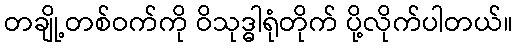
တချို့တစ်ဝက်ကို ဝိသုဒ္ဓါရုံတိုက် ပို့လိုက်ပါတယ်။